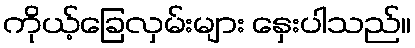
ကိုယ့်ခြေလှမ်းများ နှေးပါသည်။